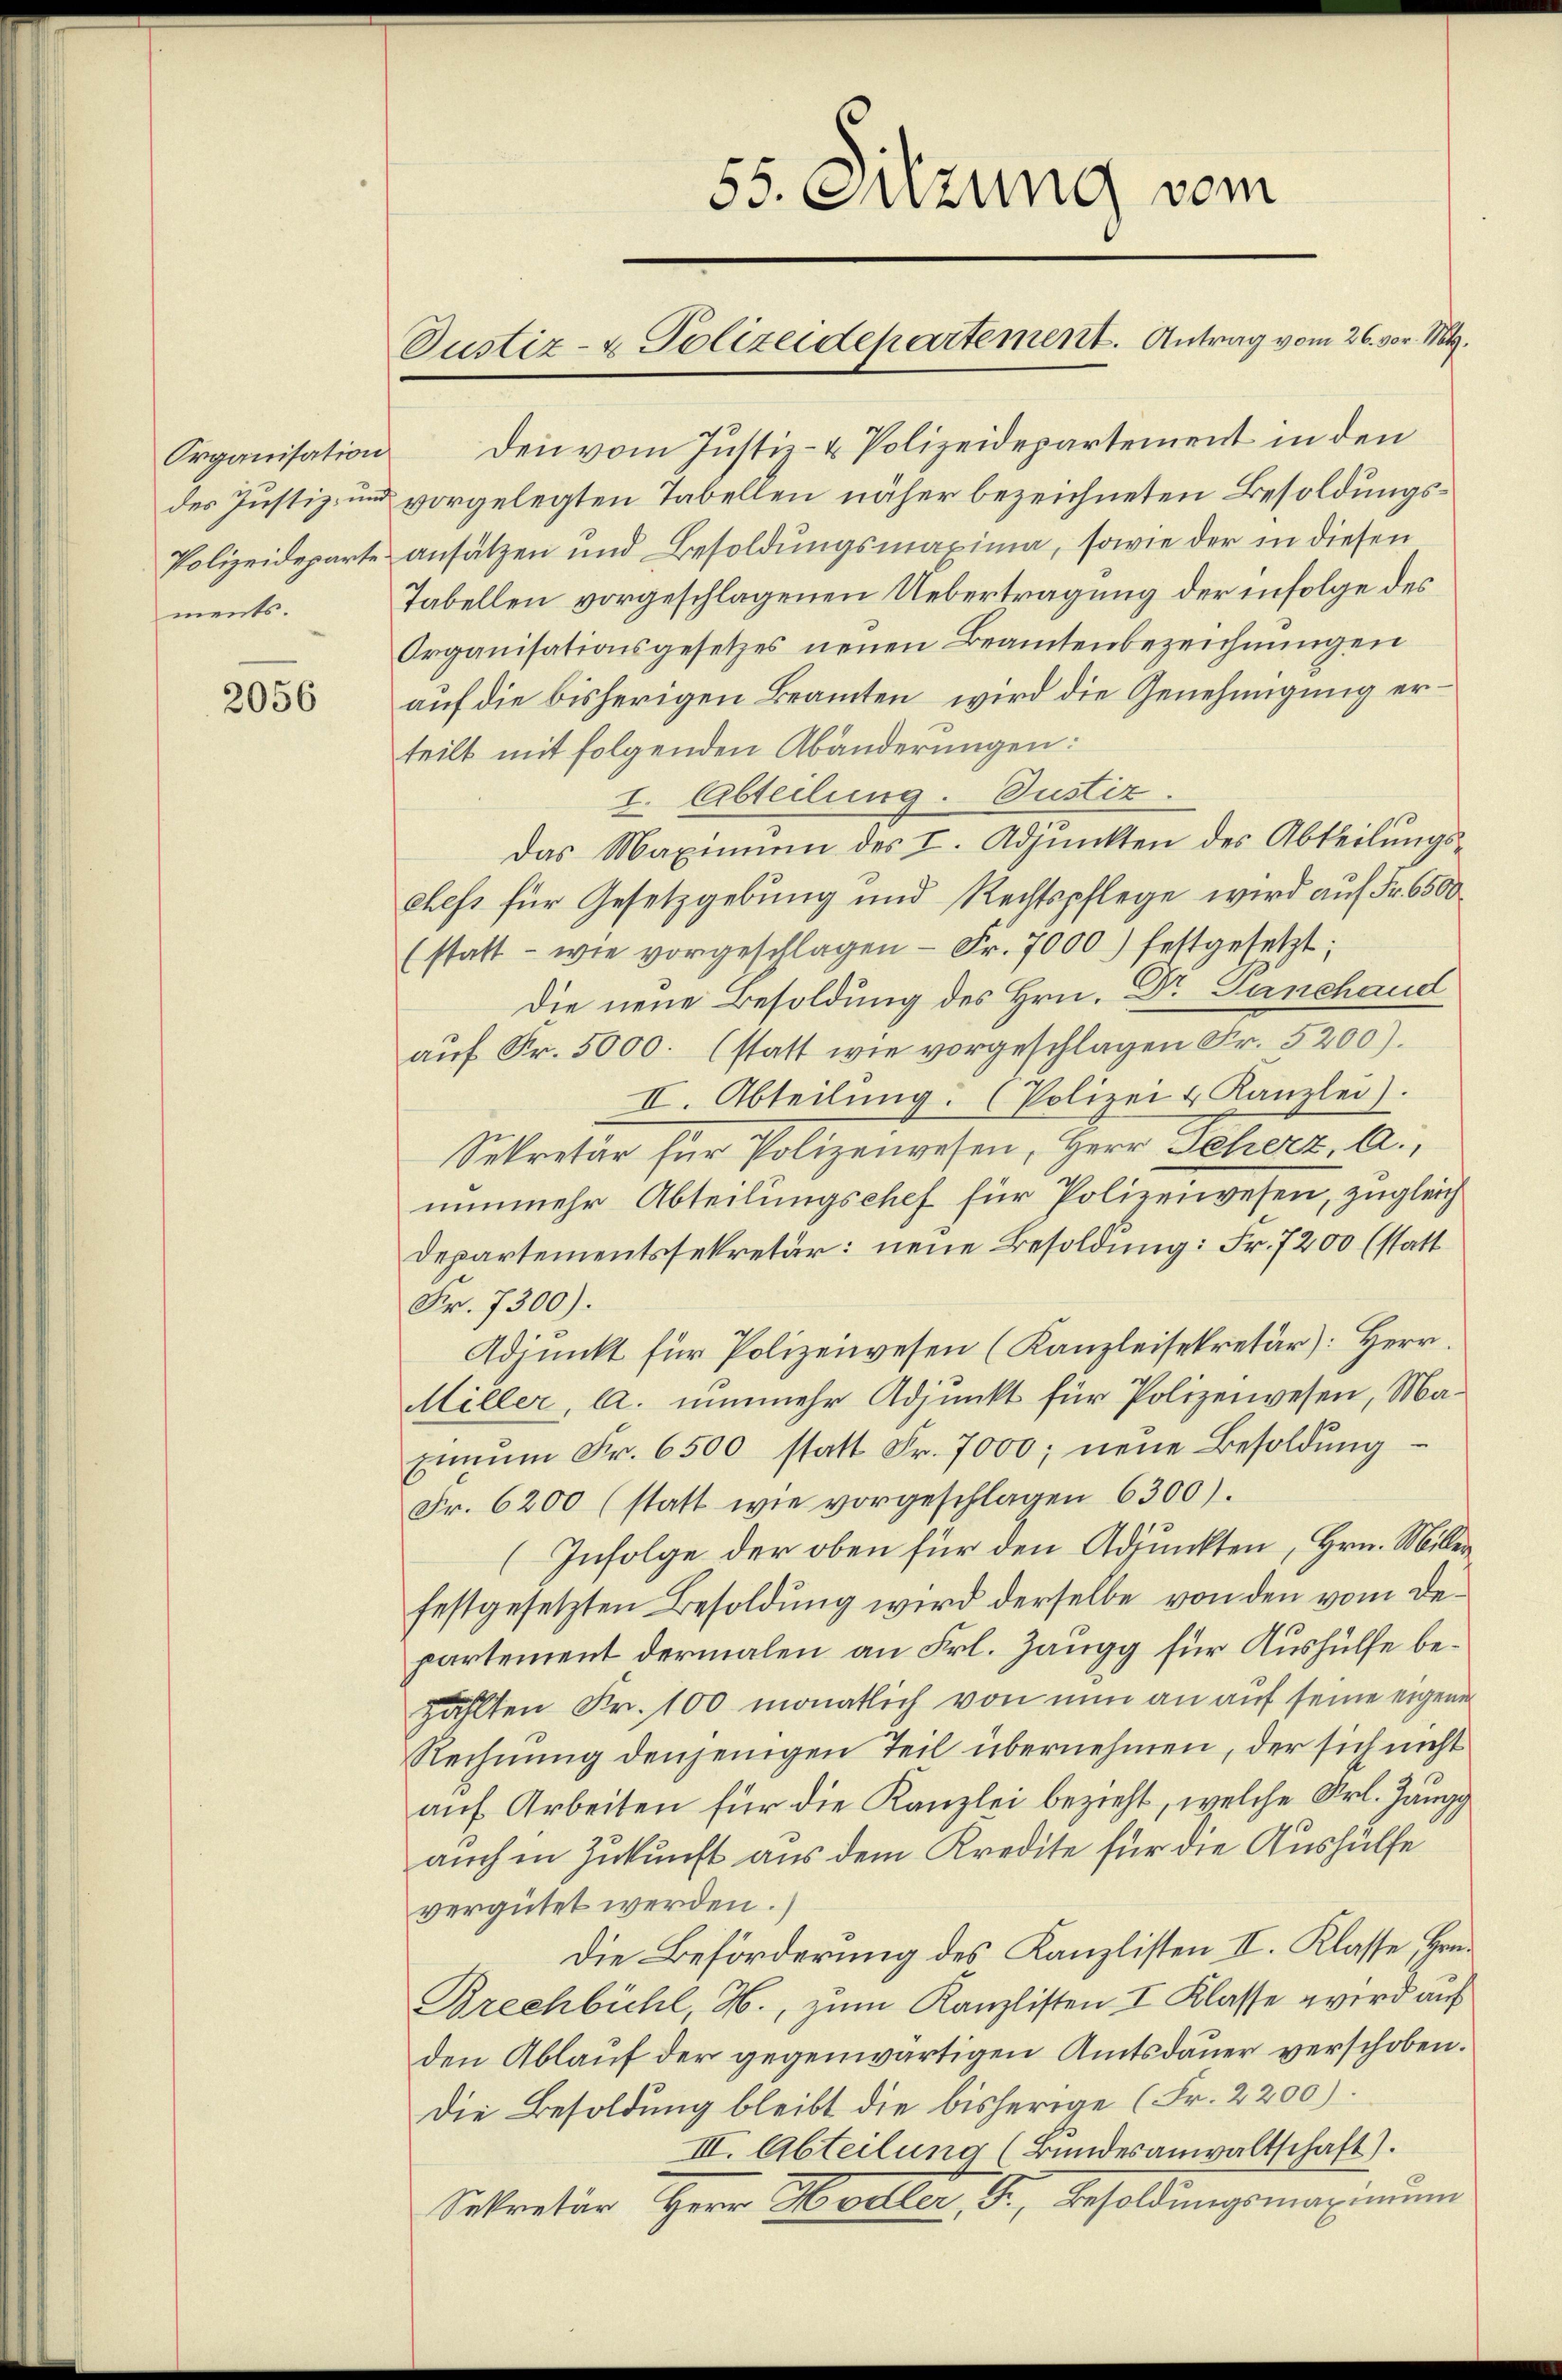
Organisation
des Justiz- und
Polizeideparte
ments.

2056

Den vom Justiz- & Polizeidepartement in den
vorgelegten Tabellen näher bezeichneten Besoldungsansätzen und Besoldungsmaxima, sowie der in diesen
Tabellen vorgeschlagenen Uebertragung der infolge des
Organisationsgesetzes neuen Beamtenbezeichnungen
auf die bisherigen Beamten, wird die Genehmigung erteilt mit folgenden Abänderungen:
I. Abteilung. Justiz.
Das Maximum des I. Adjunkten des Abteilungs-
chefs für Gesetzgebung und Rechtspflege wird auf Fr. 6500
(statt - wie vorgeschlagen - Fr. 7000) festgesetzt;
Die neue Besoldung des Hrn. Dr. Ganchand
aŭf Fr. 5000. (statt wie vorgeschlagen Fr. 5200).
II. Abteilŭng. (Polizei & Kanzlei.
Sekretär für Polizeiwesen, Herr Seherz, A.,
nunmehr Abteilungschef für Polizeiwesen, zugleich
Departementssekretär: neue Besoldung: Fr. 7200 (statt
Fr. 7300).
Adjunkt für Polizeiwesen (Kanzleisekretär: Herr.
Miller, a. nunmehr Adjunkt für Polizeiwesen, Ma¬
Eiŭm Fr. 6500 statt Fr. 7000; neŭe Besoldŭng
Fr. 6200 (statt wie vorgeschlagen 6300).
(Infolge der oben für den Adjunkten, Hrn. Miller
festgesetzten Besoldung wird derselbe von den vom Departement dermalen an Frl. Zaugg für Aushülfe bezählten Fr. 100 monatlich von nun an auf seine eigene
Rechnung denjenigen Teil übernehmen, der sich nicht
auf Arbeiten für die Kanzlei bezieht, welche Frl. Jungg
auch in Zukunft aus dem Kredite für die Aushülfe
vergütet werden.)
Die Beförderung des Kanzlisten II. Klasse, Hrn.
Brechbühl, H., zum Kanzlisten I Klasse wird auf
den Ablauf der gegenwärtigen Amtsdauer verschoben.
Die Besoldung bleibt die bisherige (Fr. 2200).
III. Abteilung (Bundesanwaltschaft).
Sekretär Herr Hochler, G. Besoldungsmaximum

55. Suzung vom

Dustiz- & Polizeidepartement. Antrag vom 26. vor. Mt.